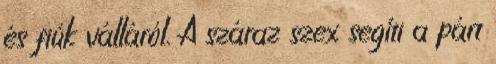
és fiúk válláról. A száraz szex segíti a párt